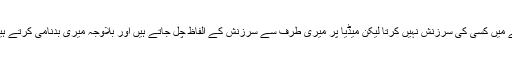
چیف جسٹس نے کہا کہ میں غصے میں کسی کی سرزنش نہیں کرتا لیکن میڈیا پر میری طرف سے سرزنش کے الفاظ چل جاتے ہیں اور بلاوجہ میری بدنامی کرتے ہیں، ہم صرف سوالات پوچھتے ہیں۔